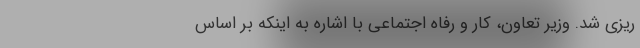
ریزی شد. وزیر تعاون، کار و رفاه اجتماعی با اشاره به اینکه بر اساس